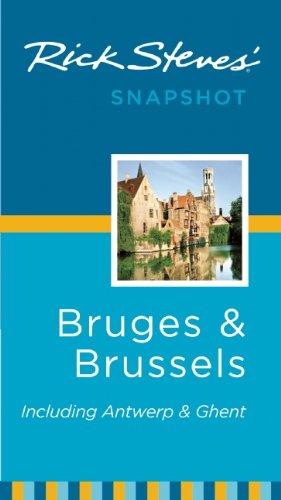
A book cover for Rick Steves' Snapshot Bruges and Brussels: Including Antwerp & Ghent; Rick Steves; Travel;